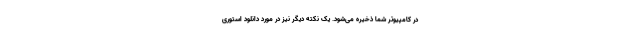
در کامپیوتر شما ذخیره می‌شود. یک نکته دیگر نیز در مورد دانلود استوری